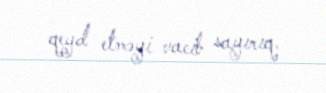
qeyd etməyi vacib sayırıq.